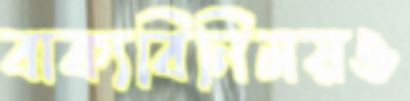
বাক্যবিনিময়ও